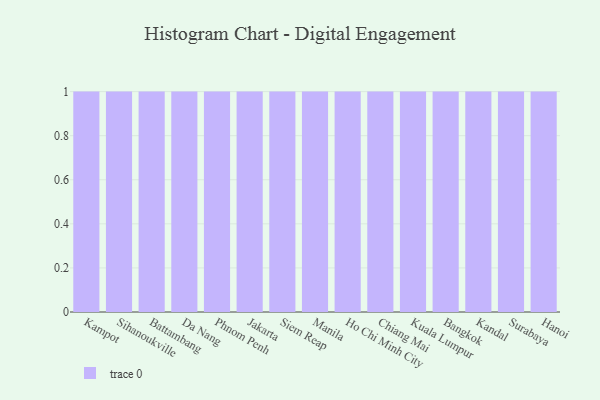
{"axis": {"x": "City", "y": "Conversion Rate (%)"}, "legend": [""], "data": [{"x": "Kampot", "y": 79, "type": ""}, {"x": "Sihanoukville", "y": 24, "type": ""}, {"x": "Battambang", "y": 67, "type": ""}, {"x": "Da Nang", "y": 29, "type": ""}, {"x": "Phnom Penh", "y": 65, "type": ""}, {"x": "Jakarta", "y": 8, "type": ""}, {"x": "Siem Reap", "y": 83, "type": ""}, {"x": "Manila", "y": 1, "type": ""}, {"x": "Ho Chi Minh City", "y": 42, "type": ""}, {"x": "Chiang Mai", "y": 95, "type": ""}, {"x": "Kuala Lumpur", "y": 8, "type": ""}, {"x": "Bangkok", "y": 45, "type": ""}, {"x": "Kandal", "y": 75, "type": ""}, {"x": "Surabaya", "y": 6, "type": ""}, {"x": "Hanoi", "y": 25, "type": ""}]}